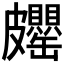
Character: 𱲊